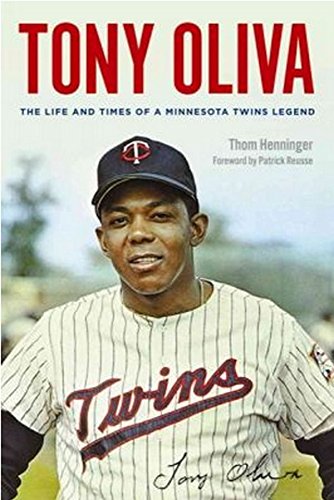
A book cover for Tony Oliva: The Life and Times of a Minnesota Twins Legend; Thom Henninger; Biographies & Memoirs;